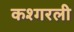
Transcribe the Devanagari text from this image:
कश्गरली